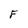
Character: F